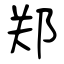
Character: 郑